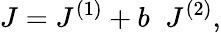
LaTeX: {J}={J}^{(1)}+b\; \; {J}^{(2)},